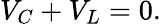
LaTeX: V_{C}+V_{L}=0.